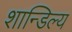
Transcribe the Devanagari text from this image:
शान्डिल्य